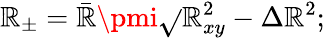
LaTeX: \mathbb{R}_{\pm}=\bar{{\mathbb{R}}}\pmi\sqrt{}{{\mathbb{R}_{xy}^{2}-\Delta\mathbb{R}^{2}}};